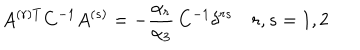
A ^ { ( r ) T } C ^ { - 1 } A ^ { ( s ) } = - { \frac { \alpha _ { r } } { \alpha _ { 3 } } } \, C ^ { - 1 } \delta ^ { r s } \quad r , s = 1 , 2